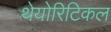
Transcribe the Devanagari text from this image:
थेयोरिटिकल